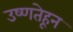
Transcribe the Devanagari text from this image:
उष्णतेहून